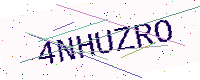
Text: 4NHUZRO